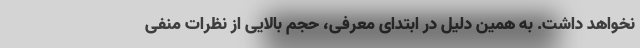
نخواهد داشت. به همین دلیل در ابتدای معرفی، حجم بالایی از نظرات منفی